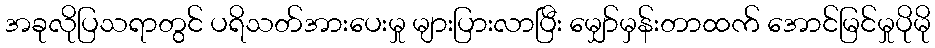
အခုလိုပြသရာတွင် ပရိသတ်အားပေးမှု များပြားလာပြီး မျှော်မှန်းတာထက် အောင်မြင်မှုပိုမို